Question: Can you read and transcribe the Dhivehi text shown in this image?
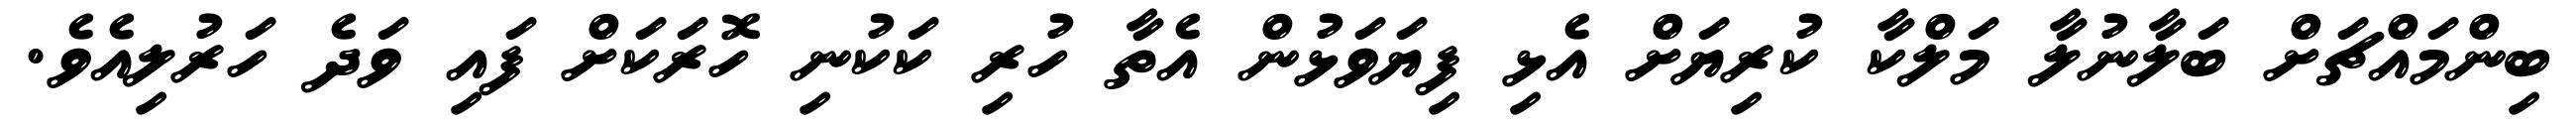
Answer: ބިންމައްޗަށް ބަލާނުލާ މަލްކާ ކުރިޔަށް އެޅި ފިޔަވަޅުން އެތާ ހުރި ކަކުނި ހޮރަކަށް ފައި ވަދެ ހަރުލިއެވެ.